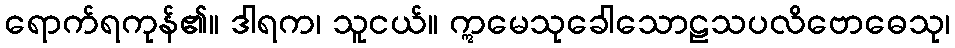
ရောက်ရကုန်၏။ ဒါရက၊ သူငယ်။ ဣမေသုခေါသောဠသပလိဗောဓေသု၊